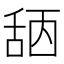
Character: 𦧖